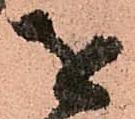
を